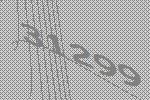
31299